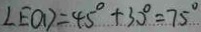
\angle E O D = 4 5 ^ { \circ } + 3 0 ^ { \circ } = 7 5 ^ { \circ }